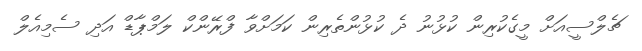
ޗެލްސީއަށް މީގެކުރިން ކުޅުނު ދެ ކުޅުންތެރިން ކަމަށްވާ ފްރޭންކް ލަމްޕާޑް އަދި ސެމިއެލް